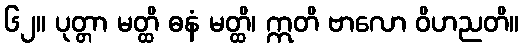
၆၂။ ပုတ္တာ မတ္ထိ ဓနံ မတ္ထိ၊ ဣတိ ဗာလော ဝိဟညတိ။